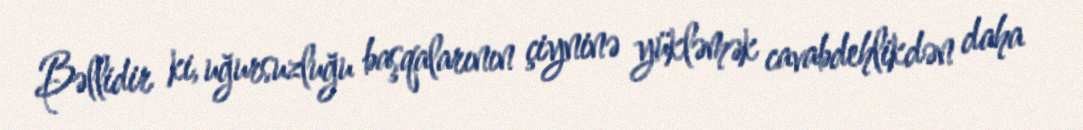
Bəllidir ki, uğursuzluğu başqalarının çiyninə yükləmək cavabdehlikdən daha